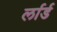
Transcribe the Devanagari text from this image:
र्लार्ड